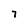
Character: 7